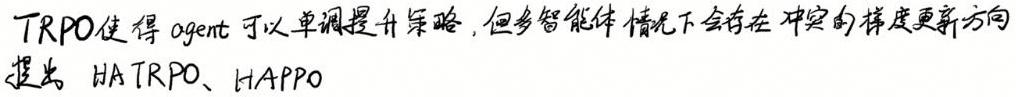
TRPO使得 agent 可以单调提升策略，但多智能体情况下会存在冲突的梯度更新方向，提出 HAT-RPO、HAPPO